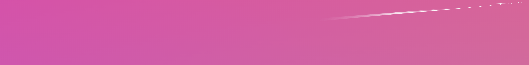
مطعم الكندوز   أشهى مأكول